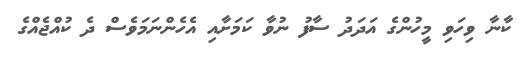
ކާނާ ވިހަވި މީހުންގެ އަދަދު ސާފު ނުވާ ކަމަށާއި އެހެންނަމަވެސް ދެ ކުއްޖެއްގެ